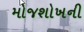
મોજશોખની